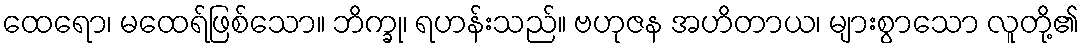
ထေရော၊ မထေရ်ဖြစ်သော။ ဘိက္ခု၊ ရဟန်းသည်။ ဗဟုဇန အဟိတာယ၊ များစွာသော လူတို့၏